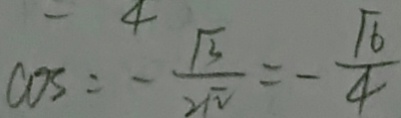
\cos = - \frac { \sqrt { 3 } } { 2 \sqrt { 2 } } = - \frac { \sqrt { 6 } } { 4 }